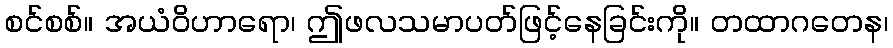
စင်စစ်။ အယံဝိဟာရော၊ ဤဖလသမာပတ်ဖြင့်နေခြင်းကို။ တထာဂတေန၊